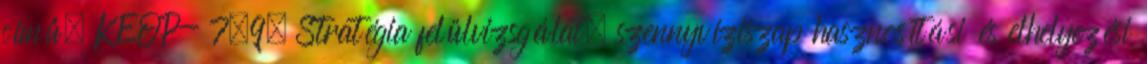
című, KEOP- 7.9. Stratégia felülvizsgálat, szennyvíziszap hasznosítási és elhelyezési